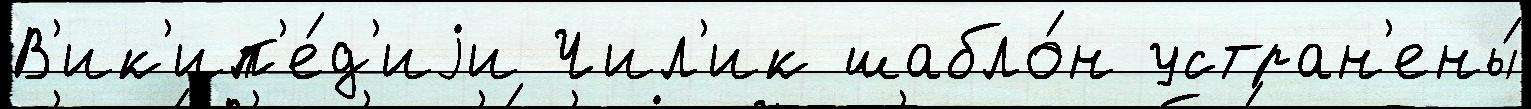
В'ик'ип'е́д'иjи Чил'ик шабло́н устран'ены́